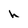
Character: h